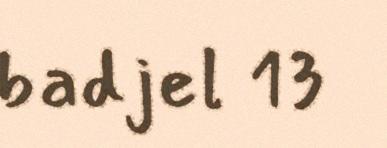
badjel 13